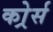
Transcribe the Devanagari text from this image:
कोर्र्स